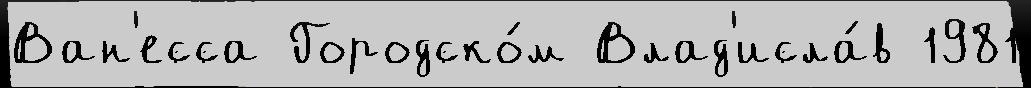
Ван'есса Городско́м Влад'исла́в 1981